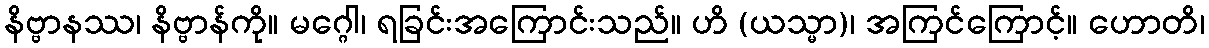
နိဗ္ဗာနဿ၊ နိဗ္ဗာန်ကို။ မဂ္ဂေါ၊ ရခြင်းအကြောင်းသည်။ ဟိ (ယသ္မာ)၊ အကြင်ကြောင့်။ ဟောတိ၊